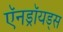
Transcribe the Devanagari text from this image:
ऍनड्रॉयड्स